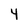
Character: 4